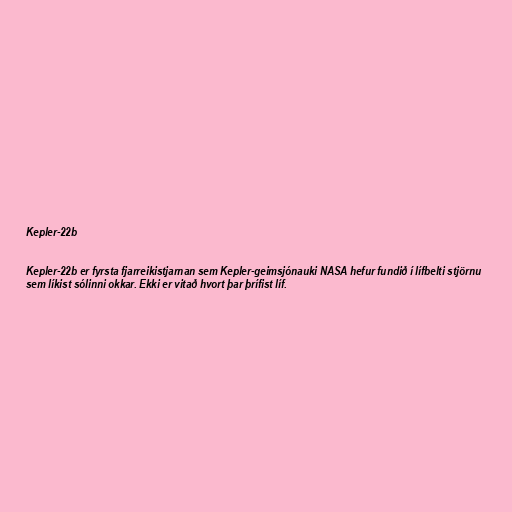
Kepler-22b

Kepler-22b er fyrsta fjarreikistjarnan sem Kepler-geimsjónauki NASA hefur fundið í lífbelti stjörnu
sem líkist sólinni okkar. Ekki er vitað hvort þar þrífist líf.